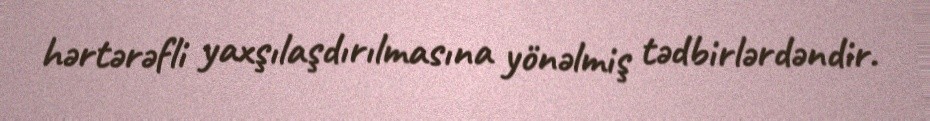
hərtərəfli yaxşılaşdırılmasına yönəlmiş tədbirlərdəndir.